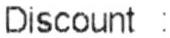
DISCOUNT :